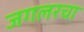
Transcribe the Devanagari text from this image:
जगलरचा